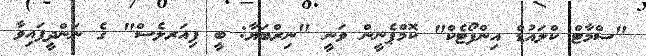
"ސްމާޓް ކްލައުޑް އިންފޯޓެކް" ކޮމްޕެނީން ވަނީ "ނިރްބަޔާ: ބީ ފިއަރލެސް" ގެ ނަންދީފައިވާ